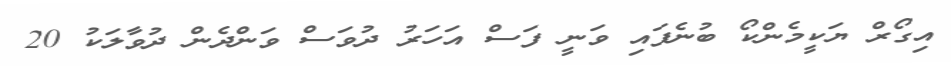
އިގޯރް ޔަކީމެންކޯ ބުނެފައި ވަނީ ފަސް އަހަރު ދުވަސް ވަންދެން ދުވާލަކު 20